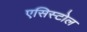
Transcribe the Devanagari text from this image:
एसिस्टोल